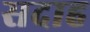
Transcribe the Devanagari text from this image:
सदाह